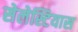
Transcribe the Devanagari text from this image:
सेलेस्टियास